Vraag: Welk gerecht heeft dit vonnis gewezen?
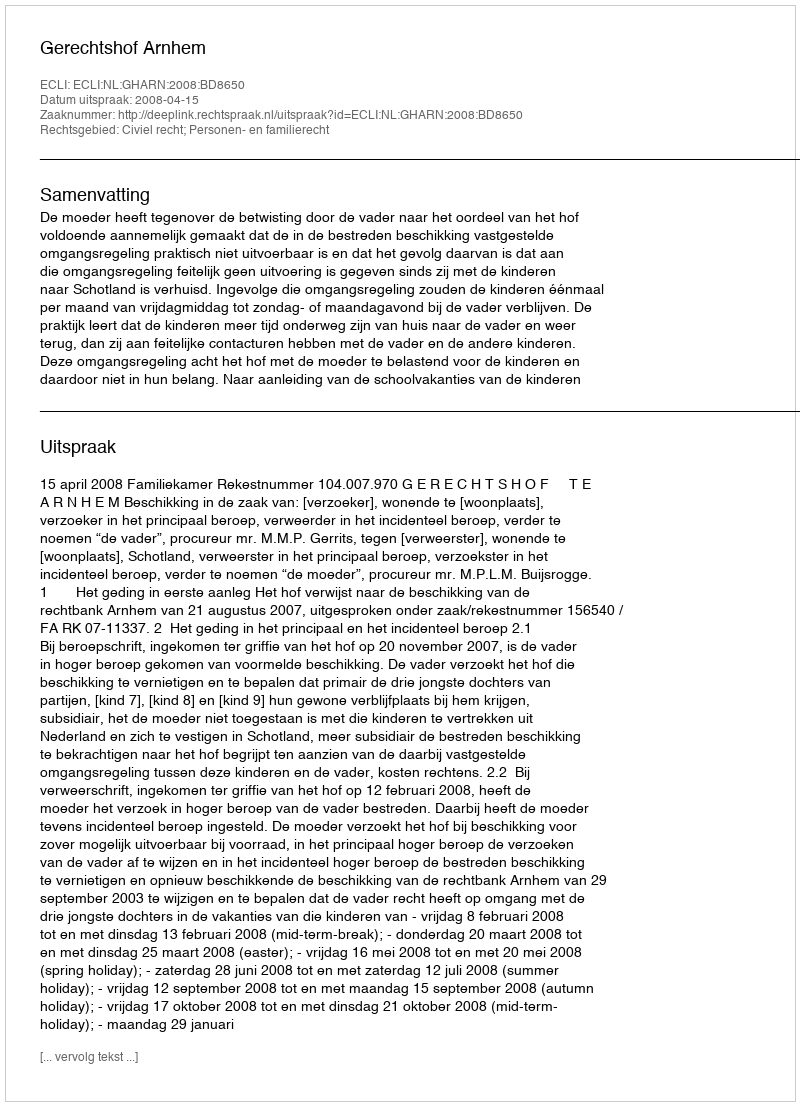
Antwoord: Gerechtshof Arnhem